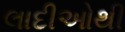
લાદીઓથી